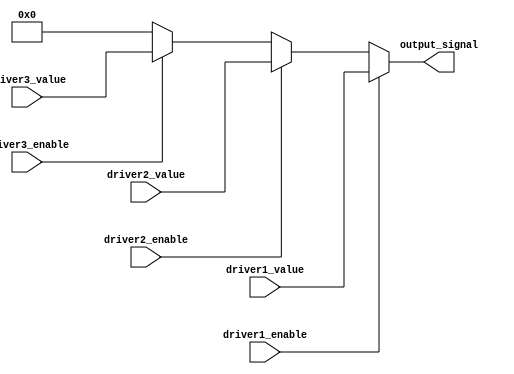
module multiple_drivers (
    input wire driver1_enable,
    input wire driver2_enable,
    input wire driver3_enable,
    input wire [7:0] driver1_value,
    input wire [7:0] driver2_value,
    input wire [7:0] driver3_value,
    output wire [7:0] output_signal
);

// Internal wire to hold the resolved value
wire [7:0] driver1_output;
wire [7:0] driver2_output;
wire [7:0] driver3_output;

// Driver 1: Active if driver1_enable is high
assign driver1_output = driver1_enable ? driver1_value : 8'bz;

// Driver 2: Active if driver2_enable is high
assign driver2_output = driver2_enable ? driver2_value : 8'bz;

// Driver 3: Active if driver3_enable is high
assign driver3_output = driver3_enable ? driver3_value : 8'bz;

// Continuous assignment with priority resolution
assign output_signal = (driver1_enable) ? driver1_value :
                       (driver2_enable) ? driver2_value :
                       (driver3_enable) ? driver3_value : 8'b0; // Default value if no driver is active

endmodule